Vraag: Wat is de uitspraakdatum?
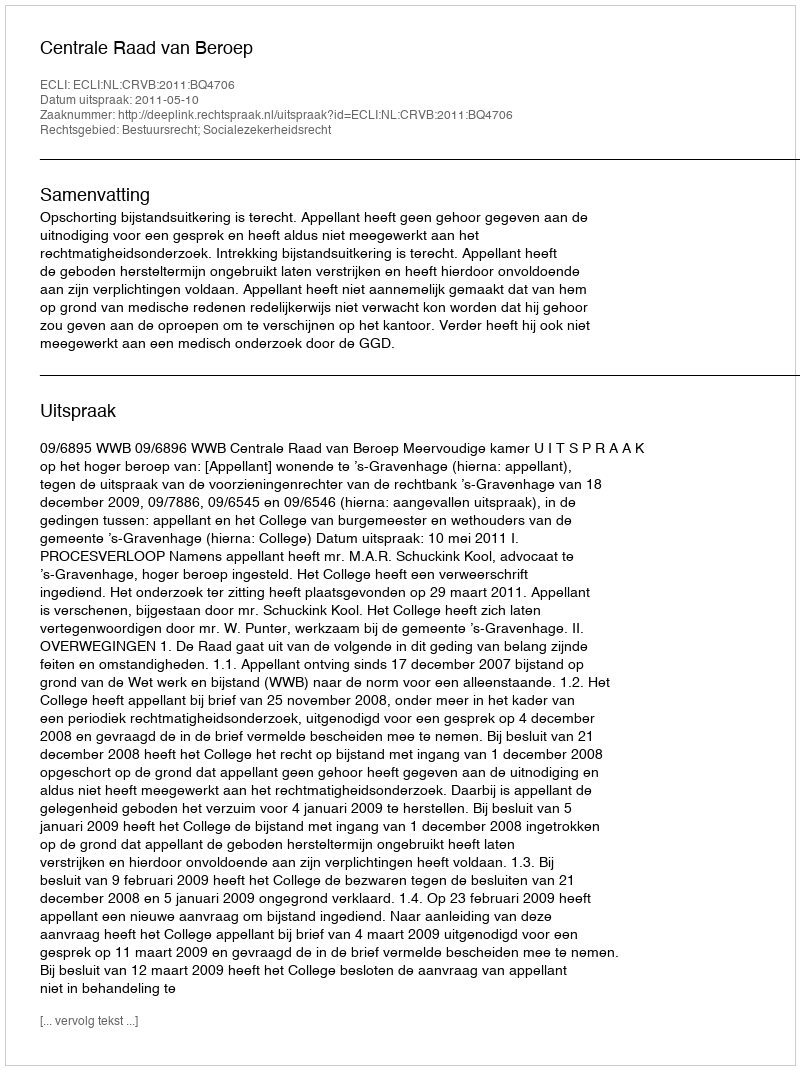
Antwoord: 2011-05-10